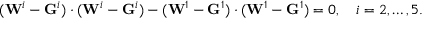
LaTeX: ( \mathbf { W } ^ { i } - \mathbf { G } ^ { i } ) \cdot ( \mathbf { W } ^ { i } - \mathbf { G } ^ { i } ) - ( \mathbf { W } ^ { 1 } - \mathbf { G } ^ { 1 } ) \cdot ( \mathbf { W } ^ { 1 } - \mathbf { G } ^ { 1 } ) = 0 , \quad i = 2 , \ldots , 5 .